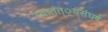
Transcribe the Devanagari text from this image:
स्वातंत््रयसंघर्ष